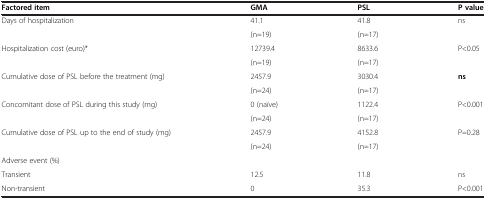
<table><thead><tr><td><b>Factored item</b></td><td><b>GMA</b></td><td><b>PSL</b></td><td><b>P value</b></td></tr></thead><tbody><tr><td>Days of hospitalization</td><td>41.1</td><td>41.8</td><td>ns</td></tr><tr><td> </td><td>(n=19)</td><td>(n=17)</td><td> </td></tr><tr><td>Hospitalization cost (euro)*</td><td>12739.4</td><td>8633.6</td><td>P&lt;0.05</td></tr><tr><td> </td><td>(n=19)</td><td>(n=17)</td><td> </td></tr><tr><td>Cumulative dose of PSL before the treatment (mg)</td><td>2457.9</td><td>3030.4</td><td><b>ns</b></td></tr><tr><td> </td><td>(n=24)</td><td>(n=17)</td><td> </td></tr><tr><td>Concomitant dose of PSL during this study (mg)</td><td>0 (naïve)</td><td>1122.4</td><td>P&lt;0.001</td></tr><tr><td> </td><td>(n=24)</td><td>(n=17)</td><td> </td></tr><tr><td>Cumulative dose of PSL up to the end of study (mg)</td><td>2457.9</td><td>4152.8</td><td>P=0.28</td></tr><tr><td> </td><td>(n=24)</td><td>(n=17)</td><td> </td></tr><tr><td>Adverse event (%)</td><td> </td><td> </td><td> </td></tr><tr><td>Transient</td><td>12.5</td><td>11.8</td><td>ns</td></tr><tr><td>Non-transient</td><td>0</td><td>35.3</td><td>P&lt;0.001</td></tr></tbody></table>